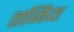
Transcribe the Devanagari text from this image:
तजिय